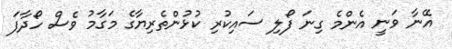
އޭނާ ވަނީ އެންމެ ގިނަ ފޯލި ސައިކުރި ކުޅުންތެރިޔާގެ މަގާމު ވެސް ހޯދާފަ